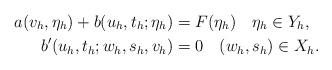
LaTeX: \begin{align*} a(v_h, \eta_h) + b(u_h, t_h; \eta_h) &= F(\eta_h) \quad \eta_h \in Y_h,\\ b'(u_h, t_h; w_h, s_h, v_h) &=0 \quad (w_h, s_h) \in X_h. \end{align*}